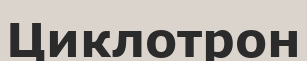
Циклотрон